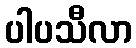
ပါပသီလာ